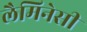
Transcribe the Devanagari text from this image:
लैमिनेसी